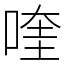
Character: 喹